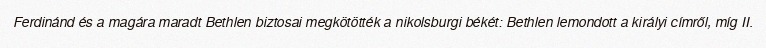
Ferdinánd és a magára maradt Bethlen biztosai megkötötték a nikolsburgi békét: Bethlen lemondott a királyi címről, míg II.